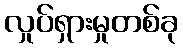
လှုပ်ရှားမှုတစ်ခု